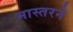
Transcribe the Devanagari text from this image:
मास्तरने